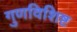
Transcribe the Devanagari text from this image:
गुणविशिष्ट